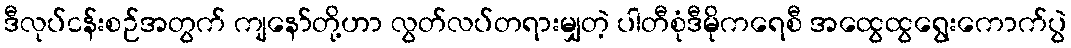
ဒီလုပ်ငန်းစဉ်အတွက် ကျနော်တို့ဟာ လွတ်လပ်တရားမျှတဲ့ ပါတီစုံဒီမိုကရေစီ အထွေထွရွေးကောက်ပွဲ